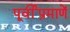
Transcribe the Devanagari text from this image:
पूर्वींप्रमाणें